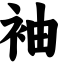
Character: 袖